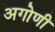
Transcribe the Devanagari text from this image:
अगोणी